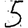
Digit: 5